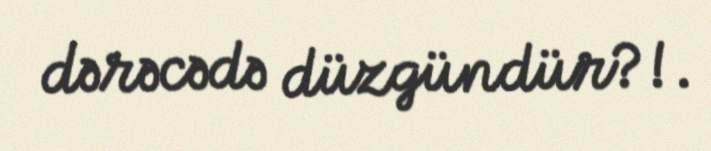
dərəcədə düzgündür?!.